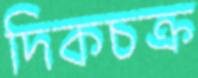
দিকচক্র